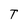
Character: T